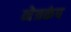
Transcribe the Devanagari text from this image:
नेत्रकंप